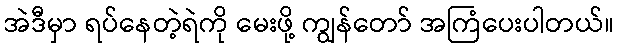
အဲဒီမှာ ရပ်နေတဲ့ရဲကို မေးဖို့ ကျွန်တော် အကြံပေးပါတယ်။